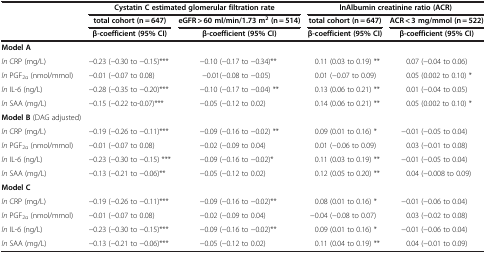
<table><thead><tr><td>[EMPTY_CELL]</td><td colspan="2"><b>Cystatin C estimated glomerular filtration rate</b></td><td colspan="2"><b>lnAlbumin creatinine ratio (ACR)</b></td></tr><tr><td>[EMPTY_CELL]</td><td><b>total cohort (n = 647)</b></td><td><b>eGFR &gt; 60 ml/min/1.73 m<sup>2</sup>(n = 514)</b></td><td><b>total cohort (n = 647)</b></td><td><b>ACR &lt; 3 mg/mmol (n = 522)</b></td></tr><tr><td>[EMPTY_CELL]</td><td><b>β-coefficient (95% CI)</b></td><td><b>β-coefficient (95% CI)</b></td><td><b>β-coefficient (95% CI)</b></td><td><b>β-coefficient (95% CI)</b></td></tr></thead><tbody><tr><td><b>Model A</b></td><td>[EMPTY_CELL]</td><td>[EMPTY_CELL]</td><td>[EMPTY_CELL]</td><td>[EMPTY_CELL]</td></tr><tr><td><i>ln</i> CRP (mg/L)</td><td>−0.23 (−0.30 to −0.15)***</td><td>−0.10 (−0.17 to −0.34)**</td><td>0.11 (0.03 to 0.19) **</td><td>0.07 (−0.04 to 0.06)</td></tr><tr><td><i>ln</i> PGF<sub>2α</sub> (nmol/mmol)</td><td>−0.01 (−0.07 to 0.08)</td><td>−0.01(−0.08 to −0.05)</td><td>0.01 (−0.07 to 0.09)</td><td>0.05 (0.002 to 0.10) *</td></tr><tr><td><i>ln</i> IL-6 (ng/L)</td><td>−0.28 (−0.35 to −0.20)***</td><td>−0.10 (−0.17 to −0.04) **</td><td>0.13 (0.06 to 0.21) **</td><td>0.01 (−0.04 to 0.05)</td></tr><tr><td><i>ln</i> SAA (mg/L)</td><td>−0.15 (−0.22 to-0.07)***</td><td>−0.05 (−0.12 to 0.02)</td><td>0.14 (0.06 to 0.21) **</td><td>0.05 (0.002 to 0.10) *</td></tr><tr><td><b>Model B</b> (DAG adjusted)</td><td>[EMPTY_CELL]</td><td>[EMPTY_CELL]</td><td>[EMPTY_CELL]</td><td>[EMPTY_CELL]</td></tr><tr><td><i>ln</i> CRP (mg/L)</td><td>−0.19 (−0.26 to −0.11)***</td><td>−0.09 (−0.16 to −0.02) **</td><td>0.09 (0.01 to 0.16) *</td><td>−0.01 (−0.05 to 0.04)</td></tr><tr><td><i>ln</i> PGF<sub>2α</sub> (nmol/mmol)</td><td>−0.01 (−0.07 to 0.08)</td><td>−0.02 (−0.09 to 0.04)</td><td>0.01 (−0.06 to 0.09)</td><td>0.03 (−0.01 to 0.08)</td></tr><tr><td><i>ln</i> IL-6 (ng/L)</td><td>−0.23 (−0.30 to −0.15) ***</td><td>−0.09 (−0.16 to −0.02)*</td><td>0.11 (0.03 to 0.19) **</td><td>−0.01 (−0.05 to 0.04)</td></tr><tr><td><i>ln</i> SAA (mg/L)</td><td>−0.13 (−0.21 to −0.06)**</td><td>−0.05 (−0.12 to 0.02)</td><td>0.12 (0.05 to 0.20) **</td><td>0.04 (−0.008 to 0.09)</td></tr><tr><td><b>Model C</b></td><td>[EMPTY_CELL]</td><td>[EMPTY_CELL]</td><td>[EMPTY_CELL]</td><td>[EMPTY_CELL]</td></tr><tr><td><i>ln</i> CRP (mg/L)</td><td>−0.19 (−0.26 to −0.11)***</td><td>−0.09 (−0.16 to −0.02)**</td><td>0.08 (0.01 to 0.16) *</td><td>−0.01 (−0.06 to 0.04)</td></tr><tr><td><i>ln</i> PGF<sub>2α</sub> (nmol/mmol)</td><td>−0.01 (−0.07 to 0.08)</td><td>−0.02 (−0.09 to 0.04)</td><td>−0.04 (−0.08 to 0.07)</td><td>0.03 (−0.02 to 0.08)</td></tr><tr><td><i>ln</i> IL-6 (ng/L)</td><td>−0.23 (−0.30 to −0.15)***</td><td>−0.09 (−0.16 to −0.02)**</td><td>0.09 (0.01 to 0.16) *</td><td>−0.01 (−0.06 to 0.04)</td></tr><tr><td><i>ln</i> SAA (mg/L)</td><td>−0.13 (−0.21 to −0.06)***</td><td>−0.05 (−0.12 to 0.02)</td><td>0.11 (0.04 to 0.19) **</td><td>0.04 (−0.01 to 0.09)</td></tr></tbody></table>